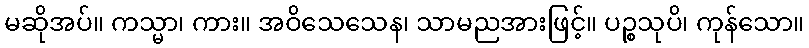
မဆိုအပ်။ ကသ္မာ၊ ကား။ အဝိသေသေန၊ သာမညအားဖြင့်။ ပဉ္စသုပိ၊ ကုန်သော။